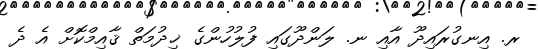
ރ. އިނގުރައިދޫ އާއި ނ. ލަންދޫގައި ފުލުހުންގެ ޚިދުމަތް ޤާއިމްކޮށް އެ ދެ